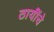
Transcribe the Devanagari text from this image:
ठायींचे